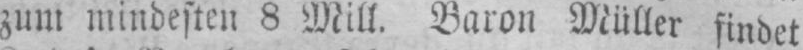
zum mindesten 8 Mill. Baron Müller findet